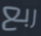
ربع